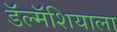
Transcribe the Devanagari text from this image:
डॅल्मॅशियाला